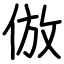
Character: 倣